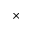
\times